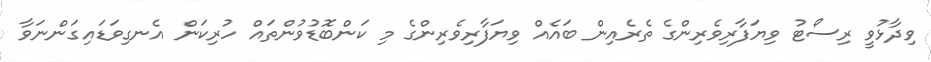
ވިދާޅުވީ ރިސޯޓު ވިޔަފާރިވެރިންގެ ތެރެއިން ބައެއް ވިޔަފާރިވެރިންގެ މި ކަންބޮޑުވުންތައް ހުރިކަން އެނގިވަޑައިގަންނަވާ